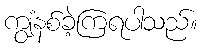
ကျွံနစ်ခဲ့ကြရပါသည်။